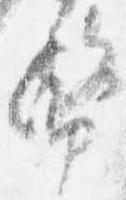
幣